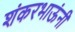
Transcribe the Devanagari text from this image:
शंकरभाऊंनी